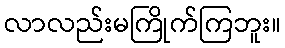
လာလည်းမကြိုက်ကြဘူး။